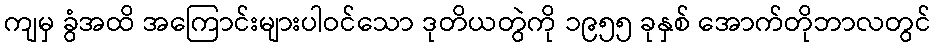
ကျမှ ခွံအထိ အကြောင်းများပါဝင်သော ဒုတိယတွဲကို ၁၉၅၅ ခုနှစ် အောက်တိုဘာလတွင်